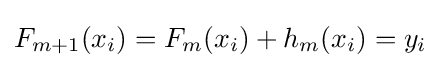
F_{m+1}(x_{i})=F_{m}(x_{i})+h_{m}(x_{i})=y_{i}